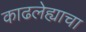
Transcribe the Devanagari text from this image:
काढलेह्याचा